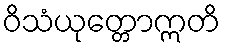
ဝိသံယုတ္တောဣတိ